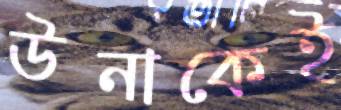
উনাকেই